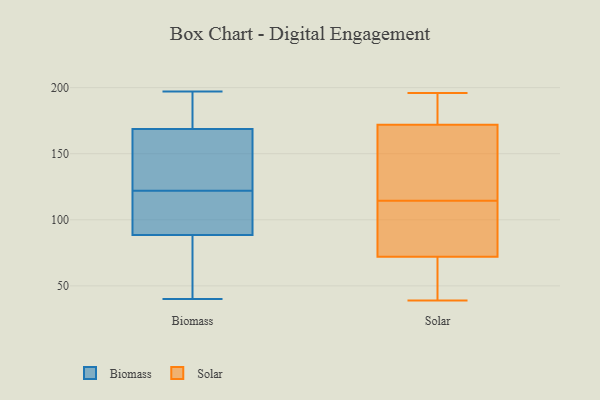
{"axis": {"x": "Backlog", "y": "Value"}, "legend": ["Biomass", "Solar"], "data": [{"x": "", "y": 43, "type": "Biomass"}, {"x": "", "y": 168, "type": "Biomass"}, {"x": "", "y": 197, "type": "Biomass"}, {"x": "", "y": 190, "type": "Biomass"}, {"x": "", "y": 122, "type": "Biomass"}, {"x": "", "y": 40, "type": "Biomass"}, {"x": "", "y": 104, "type": "Biomass"}, {"x": "", "y": 108, "type": "Biomass"}, {"x": "", "y": 78, "type": "Biomass"}, {"x": "", "y": 127, "type": "Biomass"}, {"x": "", "y": 133, "type": "Biomass"}, {"x": "", "y": 174, "type": "Biomass"}, {"x": "", "y": 85, "type": "Biomass"}, {"x": "", "y": 137, "type": "Biomass"}, {"x": "", "y": 103, "type": "Biomass"}, {"x": "", "y": 99, "type": "Biomass"}, {"x": "", "y": 185, "type": "Biomass"}, {"x": "", "y": 169, "type": "Biomass"}, {"x": "", "y": 42, "type": "Biomass"}, {"x": "", "y": 117, "type": "Solar"}, {"x": "", "y": 187, "type": "Solar"}, {"x": "", "y": 69, "type": "Solar"}, {"x": "", "y": 196, "type": "Solar"}, {"x": "", "y": 43, "type": "Solar"}, {"x": "", "y": 180, "type": "Solar"}, {"x": "", "y": 90, "type": "Solar"}, {"x": "", "y": 86, "type": "Solar"}, {"x": "", "y": 191, "type": "Solar"}, {"x": "", "y": 128, "type": "Solar"}, {"x": "", "y": 86, "type": "Solar"}, {"x": "", "y": 41, "type": "Solar"}, {"x": "", "y": 75, "type": "Solar"}, {"x": "", "y": 122, "type": "Solar"}, {"x": "", "y": 112, "type": "Solar"}, {"x": "", "y": 42, "type": "Solar"}, {"x": "", "y": 151, "type": "Solar"}, {"x": "", "y": 187, "type": "Solar"}, {"x": "", "y": 164, "type": "Solar"}, {"x": "", "y": 39, "type": "Solar"}]}